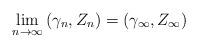
LaTeX: \begin{align*} \lim_{n \to \infty} \left(\gamma_n,Z_n\right) = \left( \gamma_\infty, Z_\infty \right) \end{align*}